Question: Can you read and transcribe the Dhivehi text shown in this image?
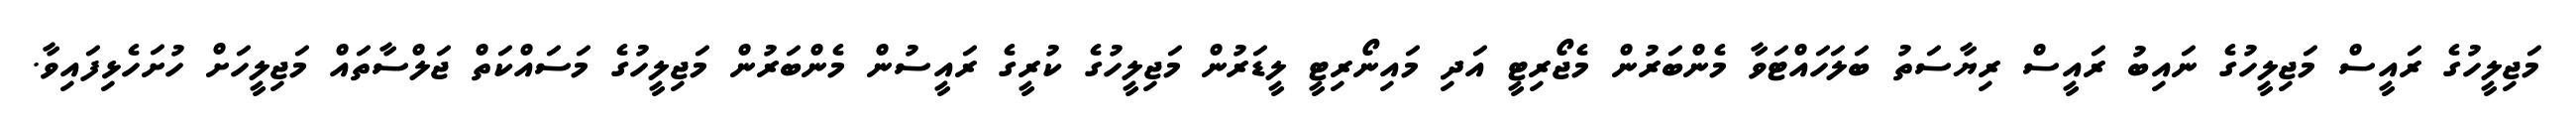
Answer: މަޖިލީހުގެ ރައީސް މަޖިލީހުގެ ނައިބު ރައީސް ރިޔާސަތު ބަލަހައްޓަވާ މެންބަރުން މެޖޯރިޓީ އަދި މައިނޯރިޓީ ލީޑަރުން މަޖިލީހުގެ ކުރީގެ ރައީސުން މެންބަރުން މަޖިލީހުގެ މަސައްކަތް ޖަލްސާތައް މަޖިލީހަށް ހުށަހެޅިފައިވާ.